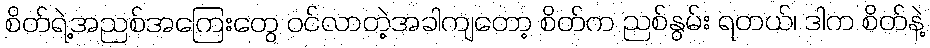
စိတ်ရဲ့အညစ်အကြေးတွေ ဝင်လာတဲ့အခါကျတော့ စိတ်က ညစ်နွမ်း ရတယ်၊ ဒါက စိတ်နဲ့